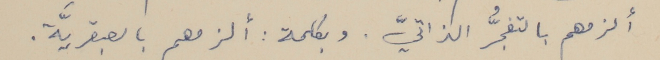
ألزمهم بالتفجُّر الذاتيّ. وبكلمة : ألزمهم بالعبقريَّة.